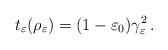
LaTeX: \begin{align*}t_\varepsilon(\rho_{\varepsilon})=(1-\varepsilon_0) \gamma_\varepsilon^2\,.\end{align*}